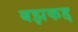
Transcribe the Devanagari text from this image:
बझकद्द